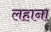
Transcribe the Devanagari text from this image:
लहाना